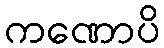
ကဏောပိ